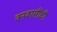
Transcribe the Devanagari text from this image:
वनवासींची